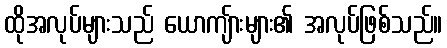
ထိုအလုပ်များသည် ယောကျ်ားများ၏ အလုပ်ဖြစ်သည်။